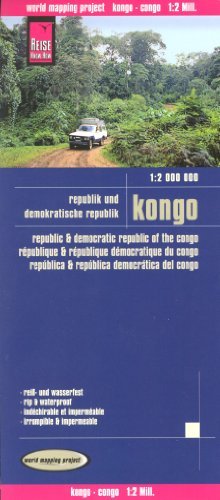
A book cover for Congo Brazzaville & Democratic Republic of Congo 1:2,000,000 Travel Map, waterproof, REISE, 2012 edition; Reise Knowhow; Travel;